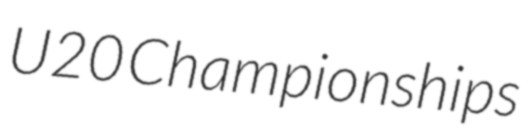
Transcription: U20 Championships